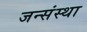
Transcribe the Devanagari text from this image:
जन्संस्था